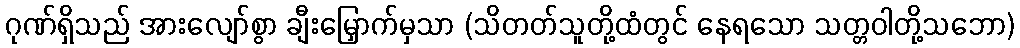
ဂုဏ်ရှိသည် အားလျော်စွာ ချီးမြှောက်မှသာ (သိတတ်သူတို့ထံတွင် နေရသော သတ္တဝါတို့သဘော)